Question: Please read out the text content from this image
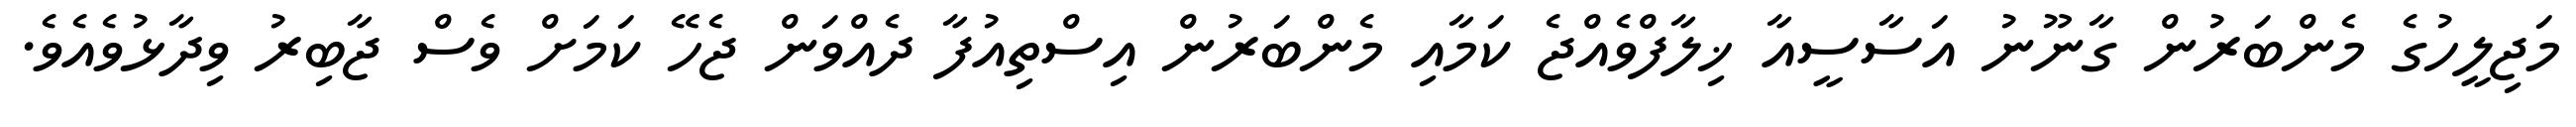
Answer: މަޖިލީހުގެ މެންބަރުން ގާނޫނު އަސާސީއާ ޚިލާފްވެއްޖެ ކަމާއި މެންބަރުން އިސްތިއުފާ ދެއްވަން ޖެހޭ ކަމަށް ވެސް ޖާބިރު ވިދާޅުވެއެވެ.